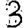
Digit: 3